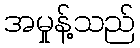
အမှုန့်သည်